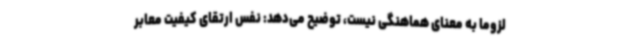
لزوماً به معنای هماهنگی نیست، توضیح می‌دهد: نفس ارتقای کیفیت معابر